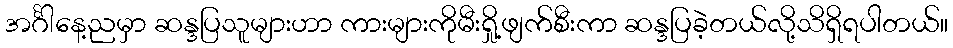
အင်္ဂါနေ့ညမှာ ဆန္ဒပြသူများဟာ ကားများကိုမီးရှို့ဖျက်စီးကာ ဆန္ဒပြခဲ့တယ်လို့သိရှိရပါတယ်။